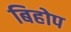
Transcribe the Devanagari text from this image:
बिहोप